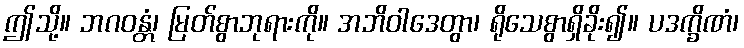
ဤသို့။ ဘဂဝန္တံ၊ မြတ်စွာဘုရားကို။ အဘိဝါဒေတွာ၊ ရိုသေစွာရှိခိုး၍။ ပဒက္ခိဏံ၊